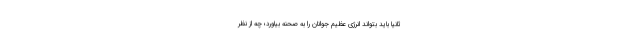
ثانیاً باید بتواند انرژی عظیم جوانان را به صحنه بیاورد؛ چه از نظر